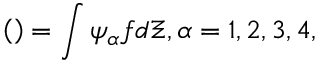
\left( \begin{array} { r l } \end{array} \right) = \int { { { \psi } _ { \alpha } } f d \Xi , \alpha = 1 , 2 , 3 , 4 } ,